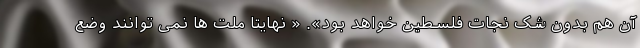
آن هم بدون شک نجات فلسطین خواهد بود». « نهایتا ملت ها نمی توانند وضع